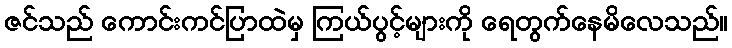
ဇင်သည် ကောင်းကင်ပြာထဲမှ ကြယ်ပွင့်များကို ရေတွက်နေမိလေသည်။